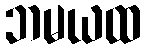
ဘမယထ